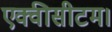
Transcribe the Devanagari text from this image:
एक्वीसीटम।